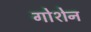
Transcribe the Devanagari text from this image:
गोशेन